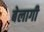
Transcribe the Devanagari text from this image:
बेलागी